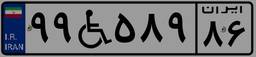
۹۹W۵۸۹۸۶